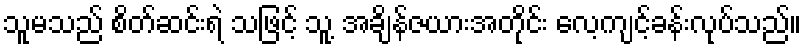
သူမသည် စိတ်ဆင်းရဲ သဖြင့် သူ့ အချိန်ဇယားအတိုင်း လေ့ကျင့်ခန်းလုပ်သည်။